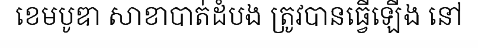
ខេមបូឌា សាខាបាត់ដំបង ត្រូវបានធ្វើឡើង នៅ